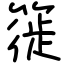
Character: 簁